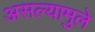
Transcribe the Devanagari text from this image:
असल्यामुले